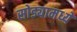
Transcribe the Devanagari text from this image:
सोड्यामध्ये